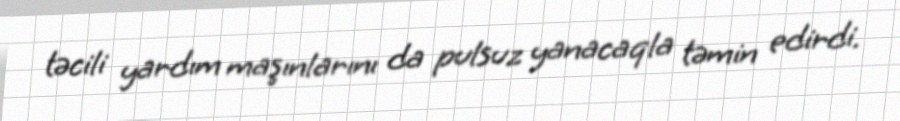
təcili yardım maşınlarını da pulsuz yanacaqla təmin edirdi.